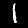
Digit: 1